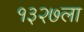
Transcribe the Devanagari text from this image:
१३२७ला